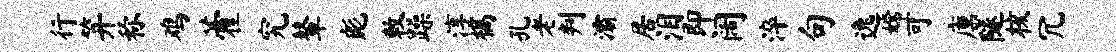
行笄称鸡藿究鼙彪敕躁淳槁孔老判灞居泪即阔淬句逸嫦可廪隧核冗